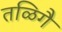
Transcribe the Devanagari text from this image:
तळिगै